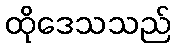
ထိုဒေသသည်